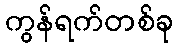
ကွန်ရက်တစ်ခု